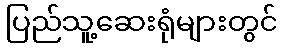
ပြည်သူ့ဆေးရုံများတွင်